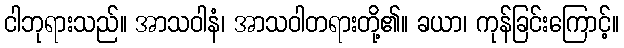
ငါဘုရားသည်။ အာသဝါနံ၊ အာသဝါတရားတို့၏။ ခယာ၊ ကုန်ခြင်းကြောင့်။